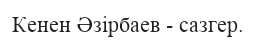
Кенен Әзірбаев - сазгер.